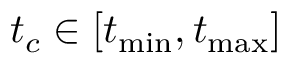
t _ { c } \in [ t _ { \operatorname* { m i n } } , t _ { \operatorname* { m a x } } ]